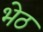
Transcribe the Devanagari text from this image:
भेठ